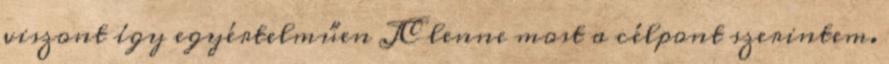
viszont így egyértelműen JC lenne most a célpont szerintem.